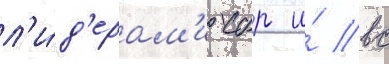
л'и́д'ерам'и сбр и́ вс